Note on the mental hospitals in Burma - 1925-1940
Year: 1925
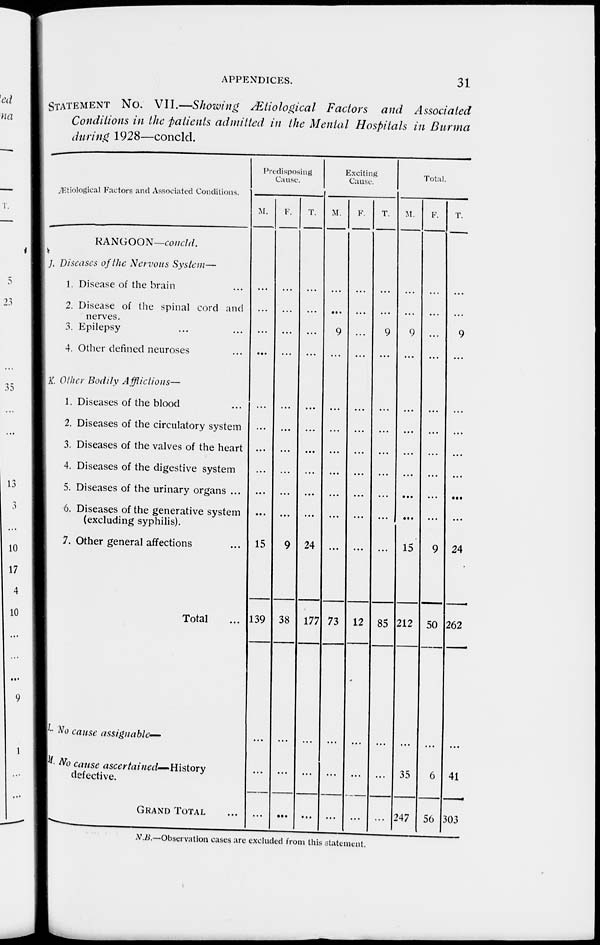
APPENDICES.
31
STATEMENT No. VII.—Showing Ætiological Factors and Associated
Conditions in the patients admitted in the Mental Hospitals in Burma
during 1928—conclcl.
Ætiological Factors and Associated Conditions.
RANGOON—concld.
J. Diseases of the Nervous System—
1. Disease of the brain ...
2. Disease of the spinal cord and
nerves.
3. Epilepsy ... ...
4. Other defined neuroses ...
K. Other Bodily Affictions—
1. Diseases of the blood ...
2. Diseases of the circulatory system
3. Diseases of the valves of the heart
4. Diseases of the digestive system
5. Diseases of the urinary organs ...
6. Diseases of the generative system
(excluding syphilis).
7. Other general affections ...
Total
L. No cause assignable—
M. No cause ascertained— History
defective.
GRAND TOTAL ...
Predisposing
Cause
M.
...
...
...
...
...
...
...
...
...
...
15
139
...
...
...
F.
...
...
...
...
...
...
...
...
...
...
9
38
...
...
...
T.
...
...
...
...
...
...
...
...
...
...
24
177
...
...
...
Exciting
Cause.
M.
...
...
9
...
...
...
...
...
...
...
...
73
...
...
...
E.
...
...
...
...
...
...
...
...
...
...
...
12
...
...
...
T.
...
...
9
...
...
...
...
...
...
...
...
85
...
...
...
Total.
M.
...
...
9
...
...
...
...
...
...
...
15
212
...
35
247
F.
...
...
...
...
...
...
...
...
...
...
9
50
...
6
56
T.
...
...
9
...
...
...
...
...
...
...
24
262
...
41
303
N.B.—Observation cases are excluded from this statement.